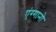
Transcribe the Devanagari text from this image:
एंग्गानो